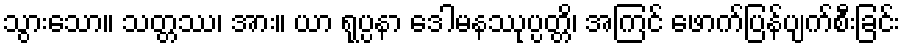
သွားသော။ သတ္တဿ၊ အား။ ယာ ရုပ္ပနာ ဒေါမနဿုပ္ပတ္တိ၊ အကြင် ဖောက်ပြန်ပျက်စီးခြင်း